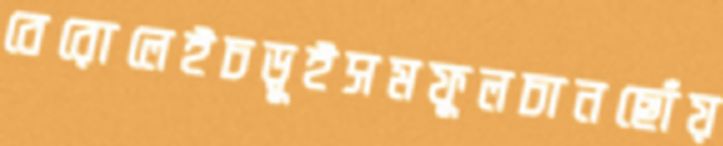
বেরোলেইচড়ুইসমফুলচানছোঁয়